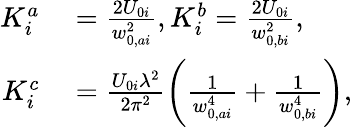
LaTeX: \begin{array}{rl}{K_{i}^{a}}&{{}=\frac{2U_{0i}}{w_{0,ai}^{2}},K_{i}^{b}=\frac{2U_{0i}}{w_{0,bi}^{2}},}\\ {K_{i}^{c}}&{{}=\frac{U_{0i}\lambda^{2}}{2\pi^{2}}\left(\frac{1}{w_{0,ai}^{4}}+\frac{1}{w_{0,bi}^{4}}\right),}\end{array}